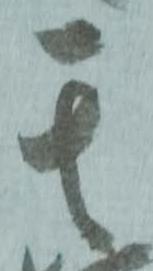
其